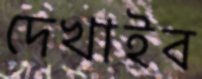
দেখাইব